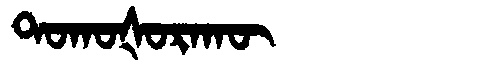
Manchu: ᡨᠣᡴᠣᡧᠣᡵᠠᡴᡡ
Romanization: TOKOŠORAKŪ